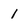
Character: l